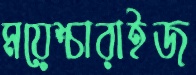
ময়েশ্চারাইজ